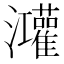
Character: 𭳼